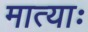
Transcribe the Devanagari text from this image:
मात्याः